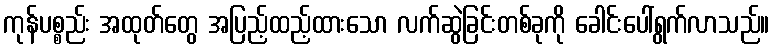
ကုန်ပစ္စည်း အထုတ်တွေ အပြည့်ထည့်ထားသော လက်ဆွဲခြင်းတစ်ခုကို ခေါင်းပေါ်ရွက်လာသည်။